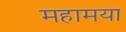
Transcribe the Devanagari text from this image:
महामया